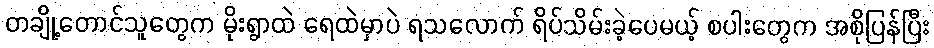
တချို့တောင်သူတွေက မိုးရွာထဲ ရေထဲမှာပဲ ရသလောက် ရိပ်သိမ်းခဲ့ပေမယ့် စပါးတွေက အစိုပြန်ပြီး